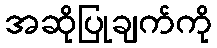
အဆိုပြုချက်ကို